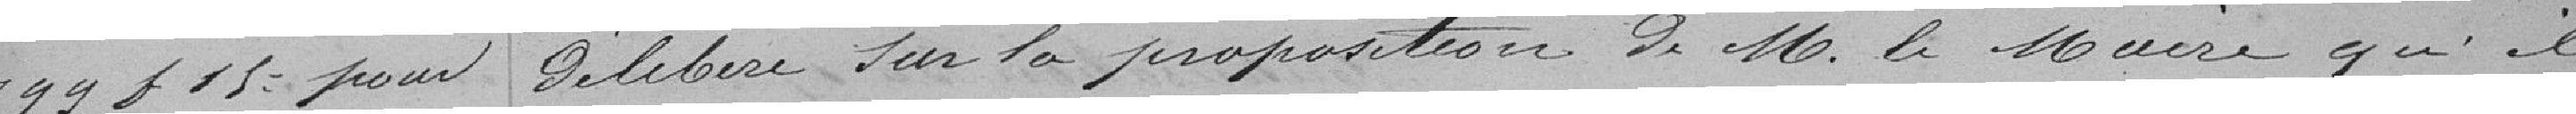
799f13: pour  Délibéré sur la proposition de M. le Maire qu'il